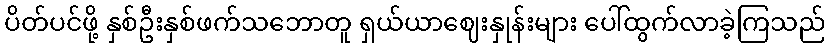
ပိတ်ပင်ဖို့ နှစ်ဦးနှစ်ဖက်သဘောတူ ရှယ်ယာဈေးနှုန်းများ ပေါ်ထွက်လာခဲ့ကြသည်